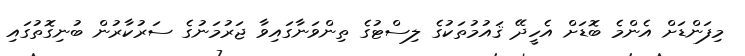
މިފަންޑަށް އެންމެ ބޮޑަށް އެހީދޭ ޤައުމުތަކުގެ ލިސްޓުގެ ތިންވަނާގައިވާ ޖަރުމަނުގެ ސަރުކާރުން ބުނިގޮތުގައި